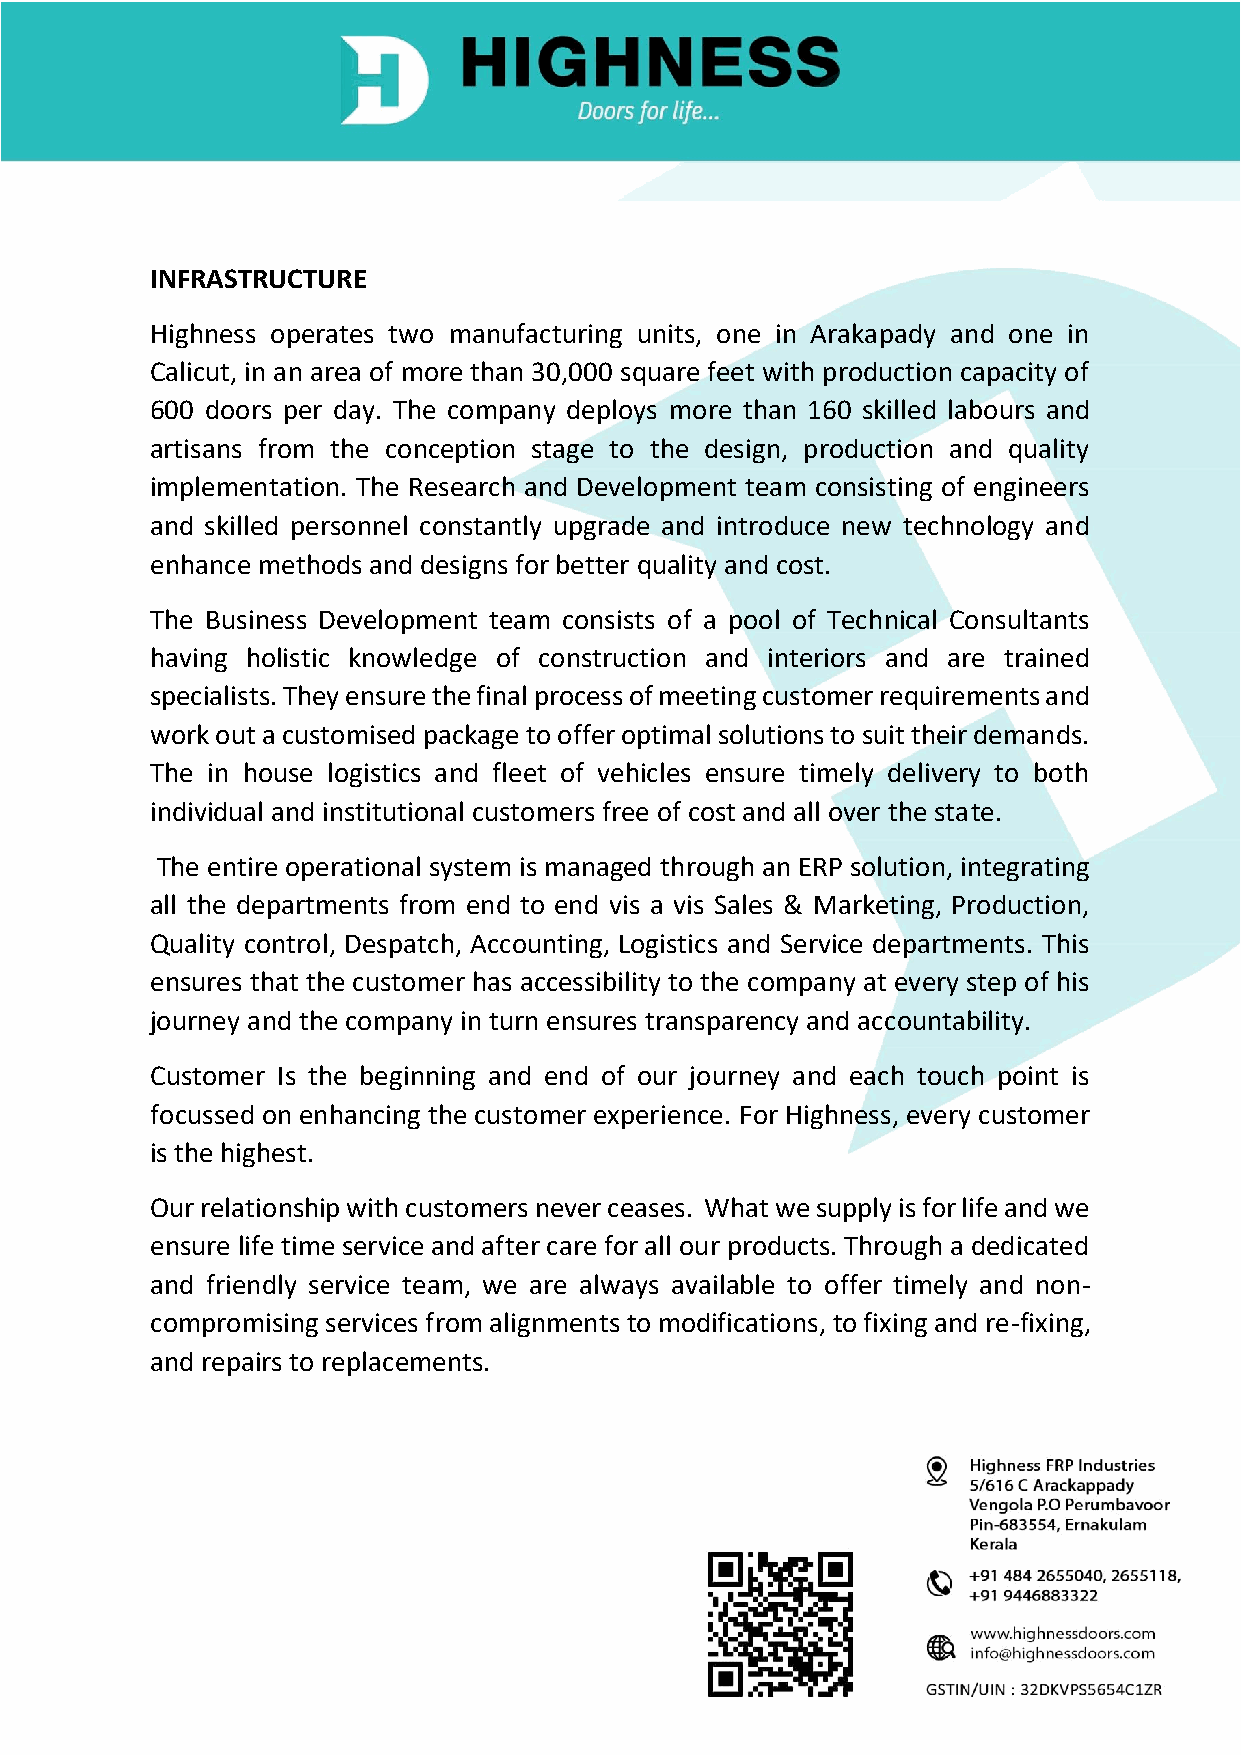
INFRASTRUCTURE
 Highness operates two manufacturing units, one in Arakapady and one in
 Calicut, in an area of more than 30,000 square feet with production capacity of
 600 doors per day. The company deploys more than 160 skilled labours and
 artisans from the conception stage to the design, production and quality
 implementation. The Research and Development team consisting of engineers
 and skilled personnel constantly upgrade and introduce new technology and
 enhance methods and designs for better quality and cost.
 The Business Development team consists of a pool of Technical Consultants
 having holistic knowledge of construction and interiors and are trained
 specialists. They ensure the final process of meeting customer requirements and
 work out a customised package to offer optimal solutions to suit their demands.
 The in house logistics and fleet of vehicles ensure timely delivery to both
 individual and institutional customers free of cost and all over the state.
 The entire operational system is managed through an ERP solution, integrating
 all the departments from end to end vis a vis Sales & Marketing, Production,
 Quality control, Despatch, Accounting, Logistics and Service departments. This
 ensures that the customer has accessibility to the company at every step of his
 journey and the company in turn ensures transparency and accountability.
 Customer Is the beginning and end of our journey and each touch point is
 focussed on enhancing the customer experience. For Highness, every customer
 is the highest.
 Our relationship with customers never ceases. What we supply is for life and we
 ensure life time service and after care for all our products. Through a dedicated
 and friendly service team, we are always available to offer timely and non-
 compromising services from alignments to modifications, to fixing and re-fixing,
 and repairs to replacements.